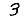
Digit: 3